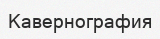
Кавернография